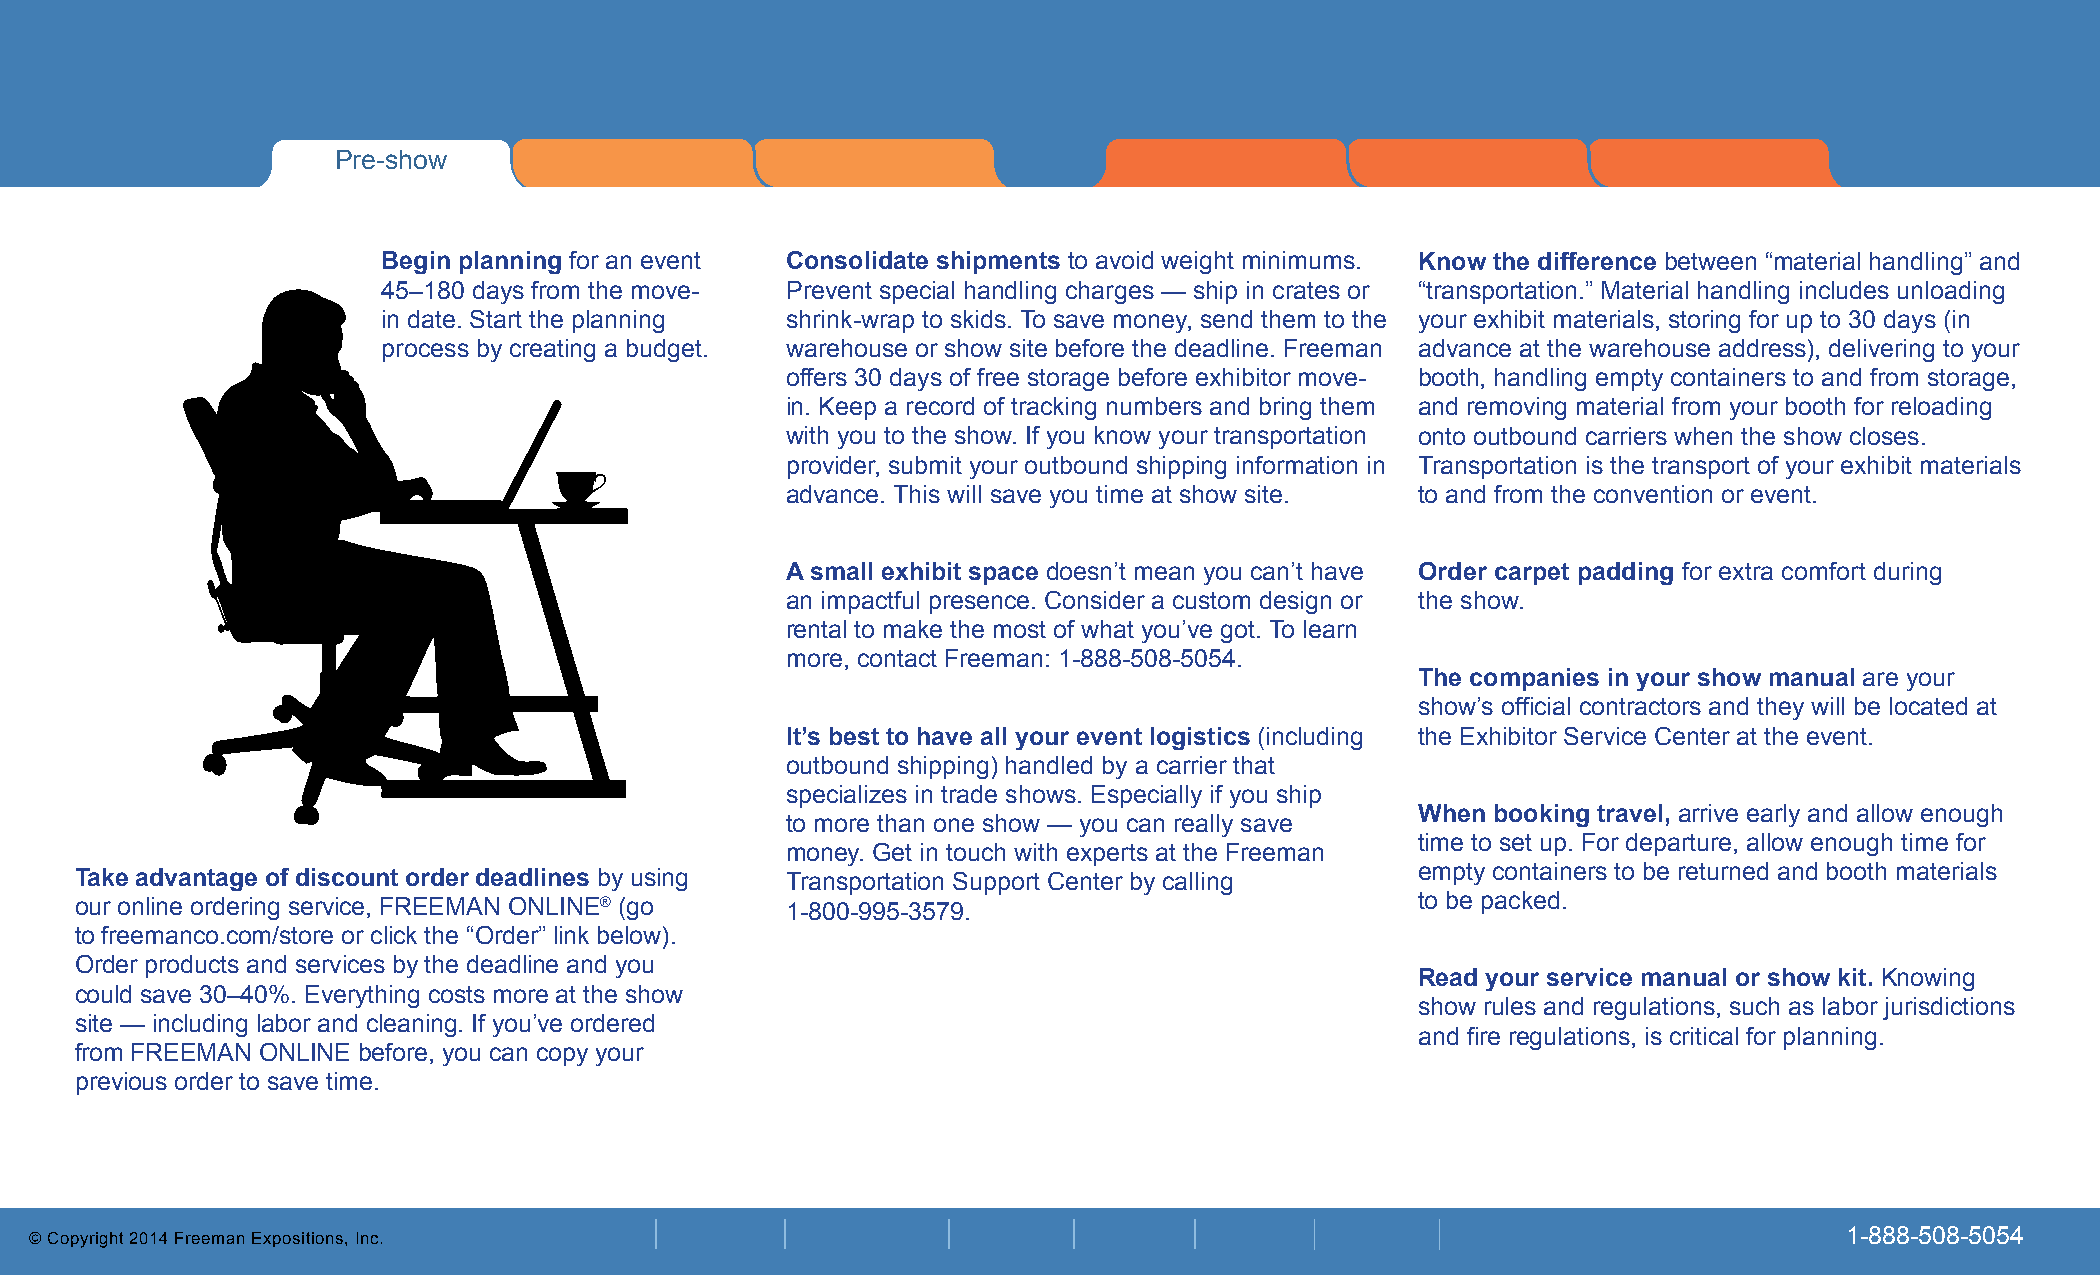
Pre show
 Pre-show
 Begin planning for an event Consolidate shipments to avoid weight minimums. Know the difference between “material handling” and
 45–180 days from the move- Prevent special handling charges — ship in crates or “transportation.” Material handling includes unloading
 in date. Start the planning shrink-wrap to skids. To save money, send them to the your exhibit materials, storing for up to 30 days (in
 process by creating a budget. warehouse or show site before the deadline. Freeman advance at the warehouse address), delivering to your
 offers 30 days of free storage before exhibitor move- booth, handling empty containers to and from storage,
 in. Keep a record of tracking numbers and bring them and removing material from your booth for reloading
 with you to the show. If you know your transportation onto outbound carriers when the show closes.
 provider, submit your outbound shipping information in Transportation is the transport of your exhibit materials
 advance. This will save you time at show site. to and from the convention or event.
 A small exhibit space doesn’t mean you can’t have Order carpet padding for extra comfort during
 an impactful presence. Consider a custom design or the show.
 rental to make the most of what you’ve got. To learn
 more, contact Freeman: 1-888-508-5054.
 The companies in your show manual are your
 show’s official contractors and they will be located at
 It’s best to have all your event logistics (including the Exhibitor Service Center at the event.
 outbound shipping) handled by a carrier that
 specializes in trade shows. Especially if you ship
 When booking travel, arrive early and allow enough
 to more than one show — you can really save
 time to set up. For departure, allow enough time for
 money. Get in touch with experts at the Freeman
 Take advantage of discount order deadlines by using Transportation Support Center by calling empty containers to be returned and booth materials
 our online ordering service, FREEMAN ONLINE® (go 1-800-995-3579.                         to be packed.
 to freemanco.com/store or click the “Order” link below).
 Order products and services by the deadline and you
 Read your service manual or show kit. Knowing
 could save 30–40%. Everything costs more at the show
 show rules and regulations, such as labor jurisdictions
 site — including labor and cleaning. If you’ve ordered
 and fire regulations, is critical for planning.
 from FREEMAN ONLINE before, you can copy your
 previous order to save time.
 © Copyright 2014 Freeman Expositions, Inc.                                                                              1-888-508-5054